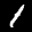
Label: 1